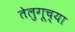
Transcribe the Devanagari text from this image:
तेलुगूच्या